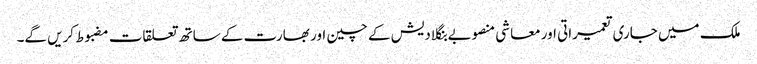
ملک میں جاری تعمیراتی اور معاشی منصوبے بنگلادیش کے چین اور بھارت کے ساتھ تعلقات مضبوط کریں گے۔